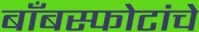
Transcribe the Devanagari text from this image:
बाँबस्फोटांचे